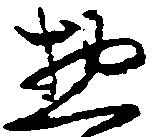
惣